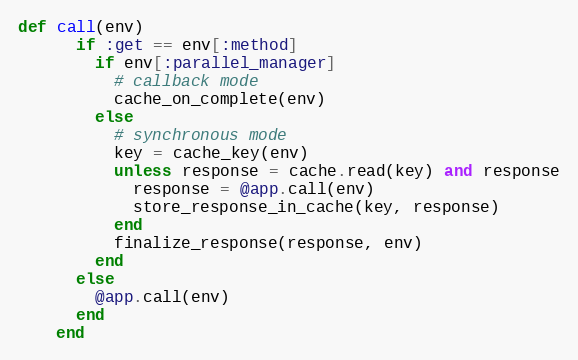
Language: Ruby
def call(env)
      if :get == env[:method]
        if env[:parallel_manager]
          # callback mode
          cache_on_complete(env)
        else
          # synchronous mode
          key = cache_key(env)
          unless response = cache.read(key) and response
            response = @app.call(env)
            store_response_in_cache(key, response)
          end
          finalize_response(response, env)
        end
      else
        @app.call(env)
      end
    end